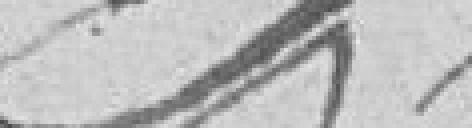
??